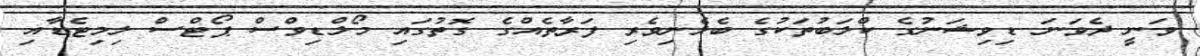
ވަނީ ދެވަނަ ޑިވިޝަނުގެ ކްލަބުތަކުގެ ބެލެނިވެރި ފަރާތެއްގެ ގޮތުގައި މޯލްޑިވްސް ޕޯޓްސް ލިމިޓެޑާއި